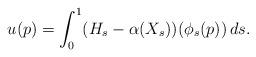
LaTeX: \begin{align*}u(p)=\int_0^1 (H_s-\alpha(X_s))(\phi_s(p)) \, ds.\end{align*}